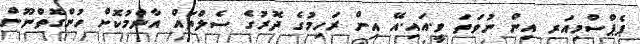
ޕެޕްސްމިއަރ އިން ނުވަތަ ވީ.އައި.އޭ އިން ރަހިމުގެ ދޮރުގެ ސެލްތައް އާންމުކޮށް ހުންގޮތްނޫން